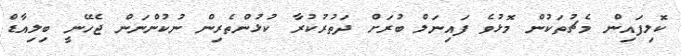
ކޮލިފައިން މެޗުތަކުން މޮޅުވެ ފައިނަލް ބުރަށް ދަތުރުކުރާ ކުޅުންތެރިން ނުކުންނަން ޖެހޭނީ ބިލިއާޑް